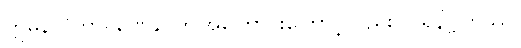
ဣမိနာပိကာရဏေန၊ ဤအကြောင်းကြောင့်လည်း။ ပရိနိဗ္ဗုတဿ၊